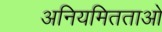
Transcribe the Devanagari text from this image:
अनियमितताओ